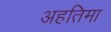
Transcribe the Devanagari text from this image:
अहतिमा